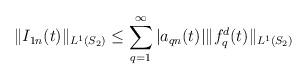
LaTeX: \begin{align*}\Vert I_{1n}(t)\Vert_{L^1(S_2)} \leq\sum _{q=1}^{\infty}\vert a_{qn}(t)\vert \Vert f_q^d(t) \Vert_{L^1(S_2)}\end{align*}